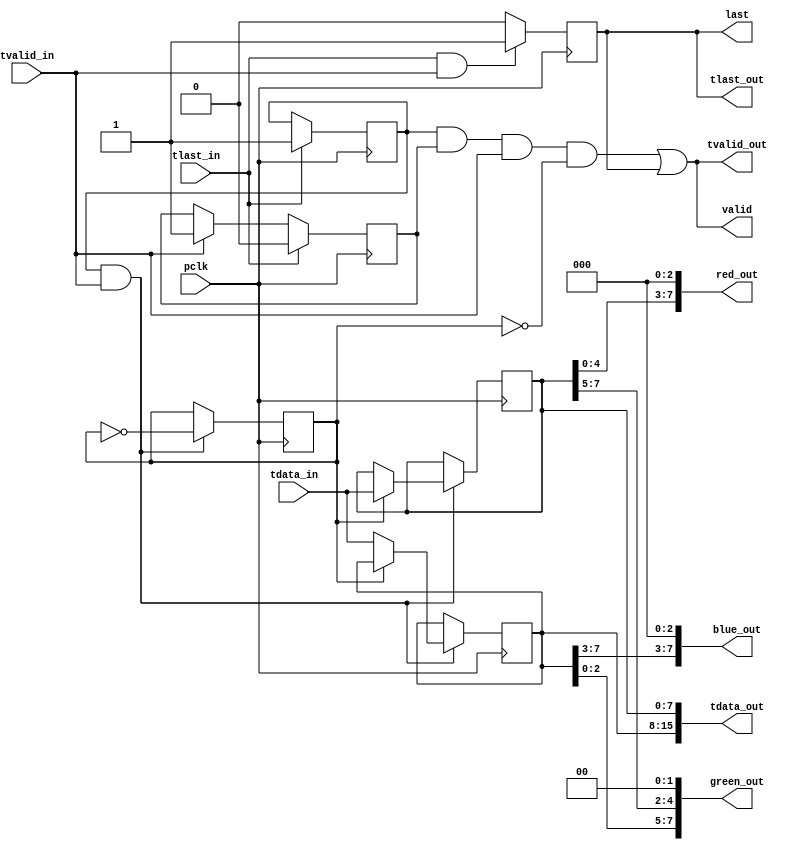
`timescale 1ns / 1ps

module byte_aligner_rgb565(
    input pclk,

    (* X_INTERFACE_INFO = "xilinx.com:interface:axis:1.0 S_AXIS TDATA"  *) input [7:0] tdata_in,
    (* X_INTERFACE_INFO = "xilinx.com:interface:axis:1.0 S_AXIS TLAST"  *) input tlast_in,
    (* X_INTERFACE_INFO = "xilinx.com:interface:axis:1.0 S_AXIS TVALID" *) input tvalid_in,

    (* X_INTERFACE_INFO = "xilinx.com:interface:axis:1.0 M_AXIS TDATA"  *) output [15:0] tdata_out,
    (* X_INTERFACE_INFO = "xilinx.com:interface:axis:1.0 M_AXIS TLAST"  *) output tlast_out,
    (* X_INTERFACE_INFO = "xilinx.com:interface:axis:1.0 M_AXIS TVALID" *) output tvalid_out,

    output [7:0] red_out,
    output [7:0] blue_out,
    output [7:0] green_out,
    output valid,
    output last
);

wire clk;
assign clk = pclk;

reg init = 0;
always @(posedge clk)
    if (tlast_in)
        init <= 1;


reg frame_active = 0;
always @(posedge clk)
    if (tlast_in)
        frame_active <= 0;
    else if (tvalid_in)
        frame_active <= 1;

reg [7:0] data0;
reg [7:0] data1;
wire [15:0] data;

reg rs = 0;
always @(posedge clk)
    if (init && tvalid_in)
        rs <= ~rs;

always @(posedge clk)
    if (init && tvalid_in)
        if (rs)
            data1 <= tdata_in;
        else
            data0 <= tdata_in;

reg last_bit;
always @(posedge clk)
    if (tlast_in && tvalid_in)
        last_bit <= 1;
    else
        last_bit <= 0;

assign tdata_out = {data0, data1};
assign tvalid_out = (init && frame_active && tvalid_in && !rs) | last_bit;
assign tlast_out = last_bit;

assign blue_out  = {tdata_out[15:11], 3'b0};
assign green_out = {tdata_out[10: 5], 2'b0};
assign red_out   = {tdata_out[ 4: 0], 3'b0};
assign valid = tvalid_out;
assign last = tlast_out;

endmodule